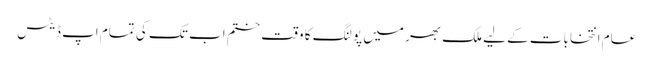
عام انتخابات کے لیے ملک بھر میں پولنگ کا وقت ختم اب تک کی تمام اپ ڈیٹس